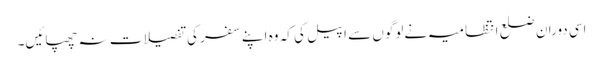
اسی دوران ضلع انتظامیہ نےلوگوں سے اپیل کی کہ وہ اپنے سفر کی تفصیلات نہ چھپائیں۔